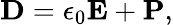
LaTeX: \mathbf{D}=\epsilon_{0}\mathbf{E}+\mathbf{P},